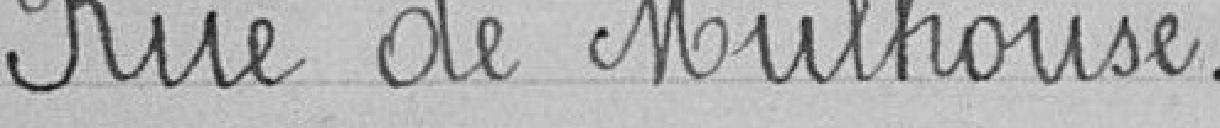
Rue de Mulhouse